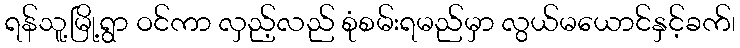
ရန်သူ့မြို့ရွာ ဝင်ကာ လှည့်လည် စုံစမ်းရမည်မှာ လွယ်မယောင်နှင့်ခက်၊